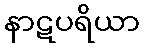
နာဋပရိယာ